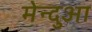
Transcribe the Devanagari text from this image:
मेन्दुआ